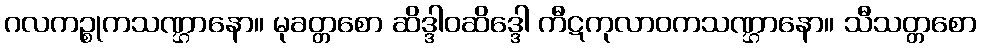
ဂလကဉ္စုကသဏ္ဌာနော။ မုခတ္တစော ဆိဒ္ဒါဝဆိဒ္ဒေါ ကီဋကုလာဝကသဏ္ဌာနော။ သီသတ္တစော